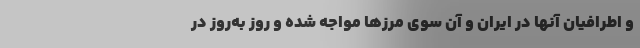
و اطرافیان آنها در ایران و آن سوی مرزها مواجه شده و روز به‌روز در